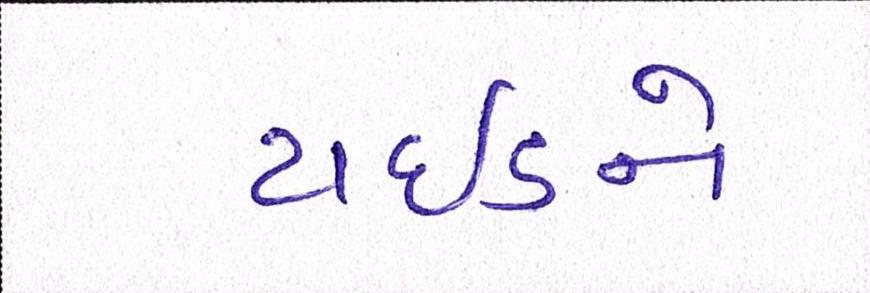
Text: ટાઈડને